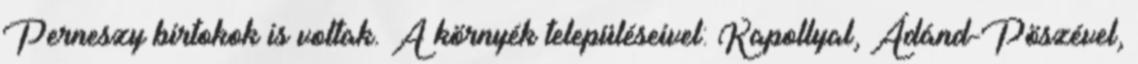
Perneszy birtokok is voltak. A környék településeivel: Kapollyal, Ádánd-Pöszével,